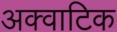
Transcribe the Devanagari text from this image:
अक्वाटिक